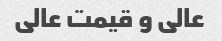
عالی و قیمت عالی